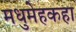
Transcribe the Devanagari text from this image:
मधुमेहकहा